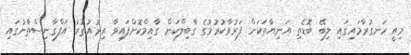
މިއީ ހަނގުރާމައިގައި ލިބޭ ބޮޑެތި އަނިޔާތަކަށް ފަރުވާކުރުމުގެ ގާބިލްކަން ގާއިމްކޮށްފައިވާ އިރުއުތުރު އަފްގާނިސްތާނުގައި